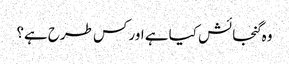
وہ گنجائش کیا ہے اور کس طرح ہے؟